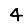
Digit: 4